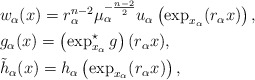
\begin{align*}&w_\alpha(x) = r_\alpha^{n-2} \mu_\alpha^{-\frac{n-2}{2}} u_\alpha\left(\exp_{x_\alpha}(r_\alpha x) \right),\\&g_\alpha(x) = \left(\exp_{x_\alpha}^\star g\right)(r_\alpha x),~ \\&\tilde{h}_\alpha(x) = h_\alpha\left(\exp_{x_\alpha}(r_\alpha x) \right),\end{align*}